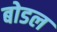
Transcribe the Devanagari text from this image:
बोडल